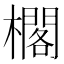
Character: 櫊